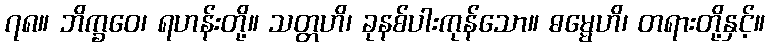
၇၈။ ဘိက္ခဝေ၊ ရဟန်းတို့။ သတ္တဟိ၊ ခုနစ်ပါးကုန်သော။ ဓမ္မေဟိ၊ တရားတို့နှင့်။